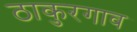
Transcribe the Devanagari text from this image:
ठाकुरगाव